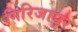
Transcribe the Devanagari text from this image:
गिरिजापुर